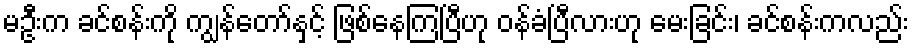
မဦးက ခင်စန်းကို ကျွန်တော်နှင့် ဖြစ်နေကြပြီဟု ဝန်ခံပြီလားဟု မေးခြင်း၊ ခင်စန်းကလည်း